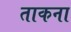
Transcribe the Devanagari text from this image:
ताकना